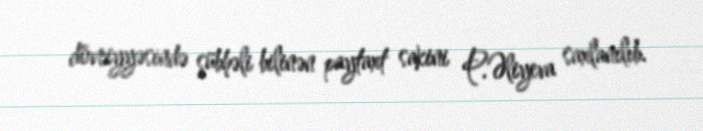
dövriyyəsində şübhəli bilinən paytaxt sakini P.Əliyeva saxlanılıb.